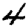
Digit: 4